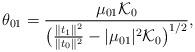
LaTeX: \begin{align*}\theta_{01} = \frac{\mu_{01}\mathcal K_0}{\big (\tfrac{\|t_1\|^2}{\|t_0\|^2}-|\mu_{01}|^2 \mathcal K_0 \big )^{1/2}},\end{align*}